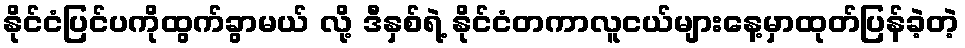
နိုင်ငံပြင်ပကိုထွက်ခွာမယ် လို့ ဒီနှစ်ရဲ့ နိုင်ငံတကာလူငယ်များနေ့မှာထုတ်ပြန်ခဲ့တဲ့